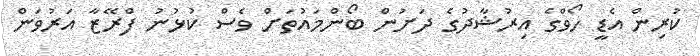
ކުރިން އެޑީ ހޯވްގެ އިރުޝާދުގެ ދަށުން ބޯންމައުތަށް ވެސް ކުޅުނު ފްރޭޒާ އަރުވަން